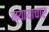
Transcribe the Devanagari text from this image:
न्यायाचार